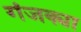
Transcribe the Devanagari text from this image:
गंजक्या